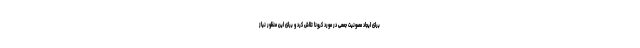
برای ایجاد مصونیت جمعی در مورد کرونا تلاش کرد و برای این منظور نیاز